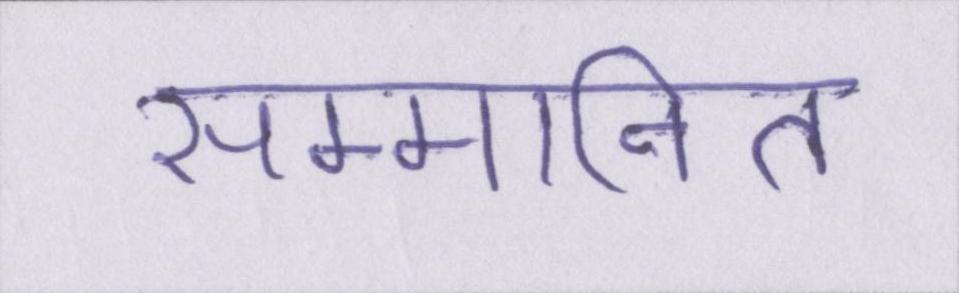
सम्मानित